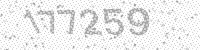
Solution: 177259